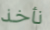
نأخذ